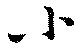
小